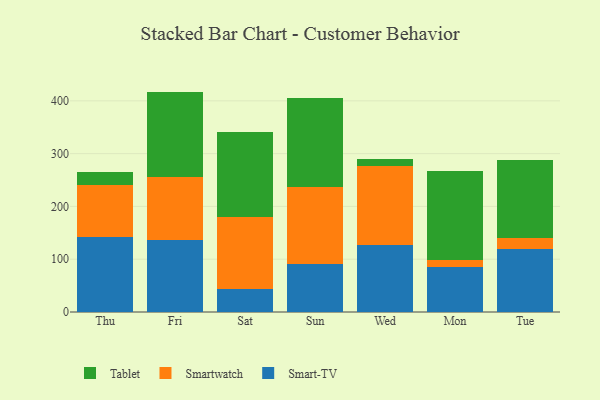
{"axis": {"x": "Day", "y": "Budget (USD K)"}, "legend": ["Smart-TV", "Smartwatch", "Tablet"], "data": [{"x": "Thu", "y": 142.8, "type": "Smart-TV"}, {"x": "Thu", "y": 98.4, "type": "Smartwatch"}, {"x": "Thu", "y": 24.2, "type": "Tablet"}, {"x": "Fri", "y": 136.0, "type": "Smart-TV"}, {"x": "Fri", "y": 119.8, "type": "Smartwatch"}, {"x": "Fri", "y": 161.7, "type": "Tablet"}, {"x": "Sat", "y": 43.4, "type": "Smart-TV"}, {"x": "Sat", "y": 136.0, "type": "Smartwatch"}, {"x": "Sat", "y": 161.3, "type": "Tablet"}, {"x": "Sun", "y": 90.4, "type": "Smart-TV"}, {"x": "Sun", "y": 147.0, "type": "Smartwatch"}, {"x": "Sun", "y": 168.5, "type": "Tablet"}, {"x": "Wed", "y": 126.1, "type": "Smart-TV"}, {"x": "Wed", "y": 150.3, "type": "Smartwatch"}, {"x": "Wed", "y": 14.1, "type": "Tablet"}, {"x": "Mon", "y": 84.7, "type": "Smart-TV"}, {"x": "Mon", "y": 14.7, "type": "Smartwatch"}, {"x": "Mon", "y": 167.1, "type": "Tablet"}, {"x": "Tue", "y": 120.0, "type": "Smart-TV"}, {"x": "Tue", "y": 19.8, "type": "Smartwatch"}, {"x": "Tue", "y": 147.6, "type": "Tablet"}]}